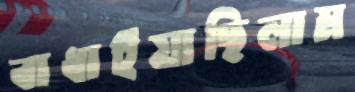
বাধাইয়াছিলাম